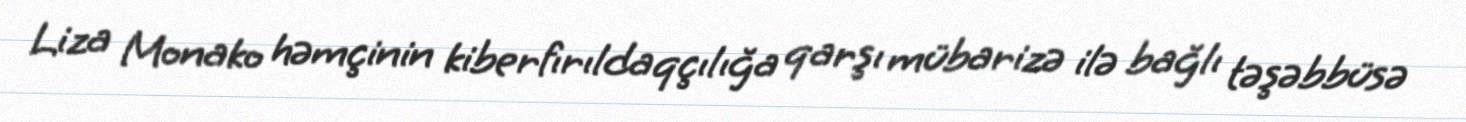
Liza Monako həmçinin kiberfırıldaqçılığa qarşı mübarizə ilə bağlı təşəbbüsə